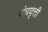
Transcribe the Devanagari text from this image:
संघवृत्ती